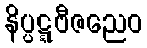
နိပ္ပဋ္ဋဗီဇညေဝ